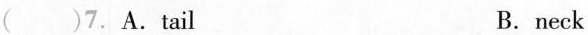
()7. A.Tail B.neck